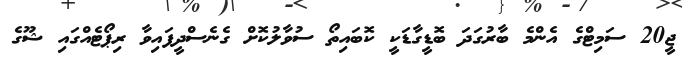
ޖީ20 ސަމިޓްގެ އެންމެ ބާރުގަދަ ބޮޑީގާޑަކީ ކޮބައިތޯ ސުވާލުކޮށް ގެނެސްދީފައިވާ ރިޕޯޓެއްގައި ޝޫގެ